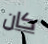
كان